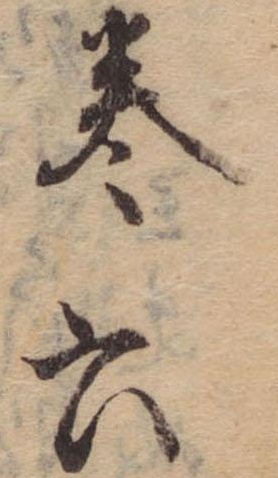
巻六